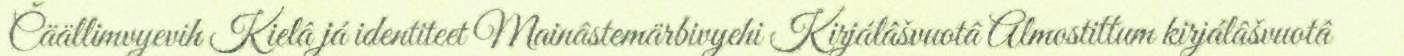
Čäällimvyevih Kielâ já identiteet Mainâstemärbivyehi Kirjálâšvuotâ Almostittum kirjálâšvuotâ